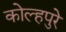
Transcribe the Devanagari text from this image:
कोल्हपुरे